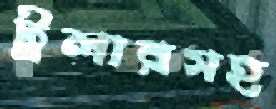
ট্রলারসহ